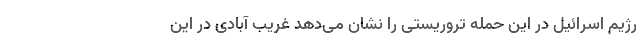
رژیم اسرائیل در این حمله تروریستی را نشان می‌دهد غریب آبادی در این